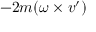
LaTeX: - 2 m ( { \boldsymbol { \omega } } \times { \boldsymbol { v ^ { \prime } } } )